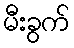
မီးခွက်